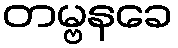
တမ္ဗနခေ